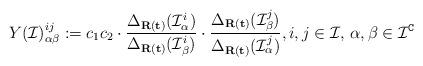
LaTeX: \begin{align*}Y(\mathcal{I})_{\alpha\beta}^{ij}:=c_{1}c_{2}\cdot\frac{\Delta_{\mathbf{R}(\mathbf{t})}(\mathcal{I}_{\alpha}^{i})}{\Delta_{\mathbf{R}(\mathbf{t})}(\mathcal{I}_{\beta}^{i})}\cdot\frac{\Delta_{\mathbf{R}(\mathbf{t})}(\mathcal{I}_{\beta}^{j})}{\Delta_{\mathbf{R}(\mathbf{t})}(\mathcal{I}_{\alpha}^{j})}, i,j\in\mathcal{I},\,\alpha,\beta\in\mathcal{I}^{\mathtt{C}} \end{align*}